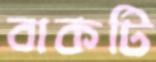
বাকটি